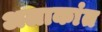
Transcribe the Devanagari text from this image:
अलाकांत